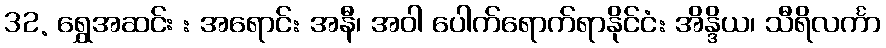
32. ရွှေအဆင်း : အရောင်: အနီ၊ အဝါ ပေါက်ရောက်ရာနိုင်ငံ: အိန္ဒိယ၊ သီရိလင်္ကာ